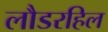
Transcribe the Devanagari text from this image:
लौडरहिल